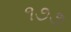
૧૭૭